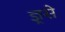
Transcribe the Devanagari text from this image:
ज्ञ्रसे